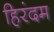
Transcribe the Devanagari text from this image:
हिरंदम